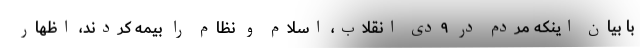
با بیان اینکه مردم در ۹دی انقلاب، اسلام و نظام را بیمه کردند، اظهار